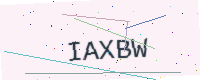
Text: IAXBW